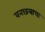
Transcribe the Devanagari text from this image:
वनछत्राचा